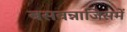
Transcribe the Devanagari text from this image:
बसवन्नाजिसमें